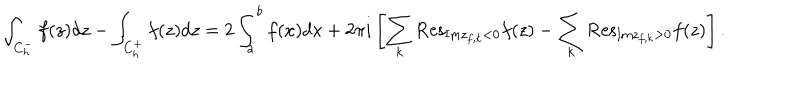
\int _ { C _ { h } ^ { - } } { f ( z ) d z } - \int _ { C _ { h } ^ { + } } { f ( z ) d z } = 2 \int _ { a } ^ { b } { f ( x ) d x } + 2 \pi i \left[ \sum _ { k } { \mathrm { R e s } } _ { { \mathrm { I m } } z _ { f , k } < 0 } f ( z ) - \sum _ { k } { \mathrm { R e s } } _ { { \mathrm { I m } } z _ { f , k } > 0 } f ( z ) \right] .